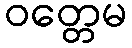
ဝတ္တေမ